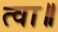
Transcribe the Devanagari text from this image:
त्वा॥